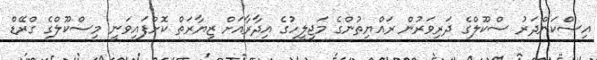
އިސްކަންދަރު ސްކޫލްގެ ދަރިވަރުން ރައްޔިތުންގެ މަޖިލީހުގެ އިދާރާއަށް ޒިޔާރަތް ކޮށްފައިވަނީ މިސްކޫލްގެ ގްރޭޑް